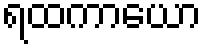
ရထကာယော